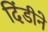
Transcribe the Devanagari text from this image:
दिंडीने